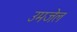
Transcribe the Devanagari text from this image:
उमजेल